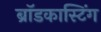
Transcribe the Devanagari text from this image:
ब्राॅडकास्टिंग